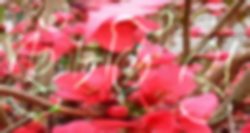
ছেঁচড়িয়ে